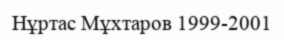
Нұртас Мұхтаров 1999-2001